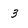
Character: 3